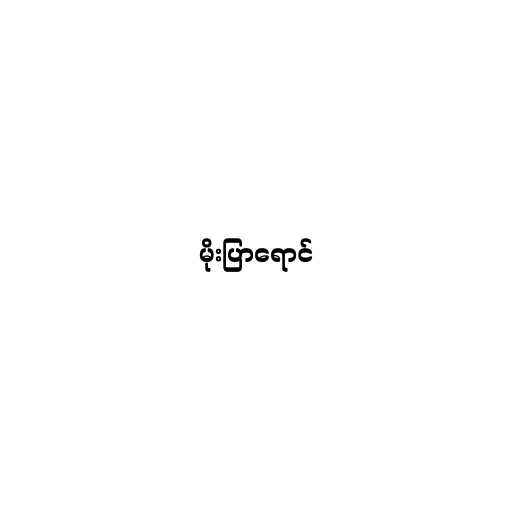
မိုးပြာရောင်